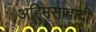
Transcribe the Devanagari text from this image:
अहि्मसावादी